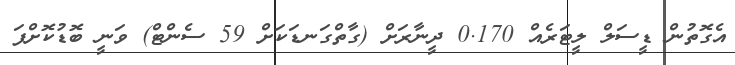
އެގޮތުން ޑީސަލް ލީޓަރެއް 0.170 ދީނާރަށް (ގާތްގަނޑަކަށް 59 ސެންޓް) ވަނީ ބޮޑުކޮށްފަ